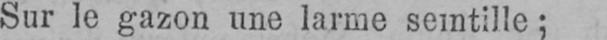
Sur le gazon une larme semtille;